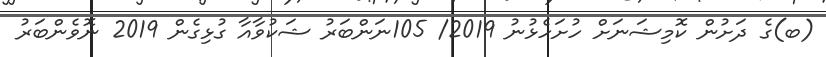
(ބ)ގެ ދަށުން ކޮމިޝަނަށް ހުށަހެޅުނު 2019/ 105ނަންބަރު ޝަކުވާއާ ގުޅިގެން 2019 ނޮވެންބަރު